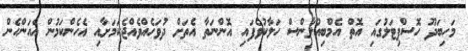
މަހިބަދޫ ހޮސްޕިޓަލުގައި އޮތް އެމްބިއުލާންސް ހަލާކުވެފައި އޮންނަތާ އެތަށް ދުވަހެއްވެއްޖެކަމަށާއި އެހެންކަމުން އެއަންހެން